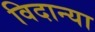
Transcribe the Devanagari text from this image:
विदान्या